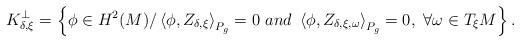
LaTeX: \begin{align*}K_{\delta,\xi}^{\bot}=\left\{\phi \in H^2(M)\slash \left\langle \phi , Z_{\delta,\xi}\right\rangle_{P_g} =0\ and\ \left\langle \phi , Z_{\delta,\xi,\omega}\right\rangle_{P_g} =0,\ \forall \omega\in T_\xi M \right\}.\end{align*}